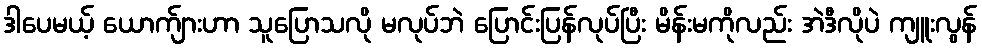
ဒါပေမယ့် ယောက်ျားဟာ သူပြောသလို မလုပ်ဘဲ ပြောင်းပြန်လုပ်ပြီး မိန်းမကိုလည်း အဲဒီလိုပဲ ကျူးလွန်